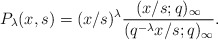
\begin{align*}& P_{\lambda}(x, s) = (x/s)^{\lambda} \frac{(x/s;q)_{\infty}}{(q^{-\lambda} x/s ;q)_{\infty}}. \end{align*}